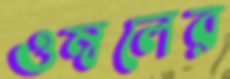
ওম্বলের